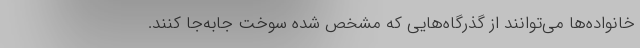
خانواده‌ها می‌توانند از گذرگاه‌هایی که مشخص شده سوخت جابه‌جا کنند.